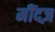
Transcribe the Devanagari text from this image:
मींदज़